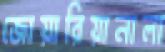
জোয়ারিয়ানালা